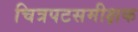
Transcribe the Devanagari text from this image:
चित्रपटसमीक्षक